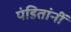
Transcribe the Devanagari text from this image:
पंडितांनीं